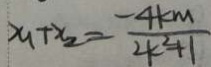
x _ { 1 } + x _ { 2 } = \frac { - 4 k m } { 2 k ^ { 2 } + 1 }